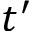
t ^ { \prime }